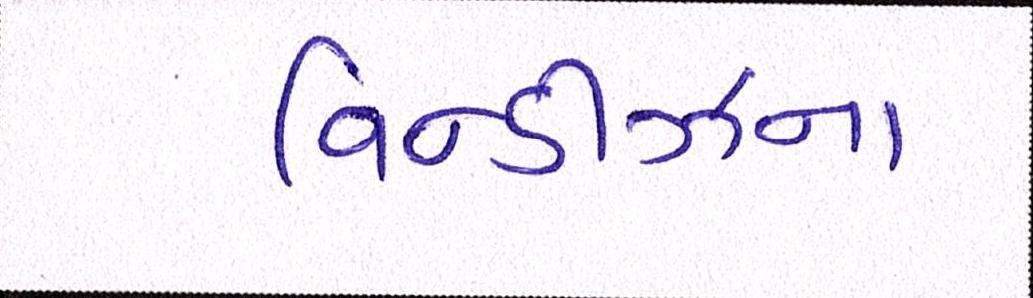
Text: વિન્ડીઝના